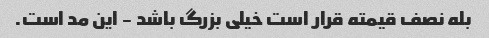
بله نصف قیمته قرار است خیلی بزرگ باشد - این مد است.